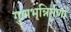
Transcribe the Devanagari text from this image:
गुणभृन्निर्गुणो